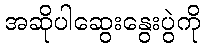
အဆိုပါဆွေးနွေးပွဲကို